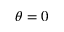
\theta = 0